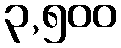
၃,၅၀၀